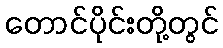
တောင်ပိုင်းတို့တွင်